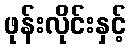
ဖုန်းလိုင်းနှင့်